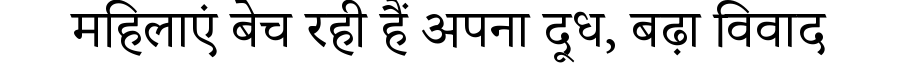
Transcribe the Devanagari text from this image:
महिलाएं बेच रही हैं अपना दूध, बढ़ा विवाद